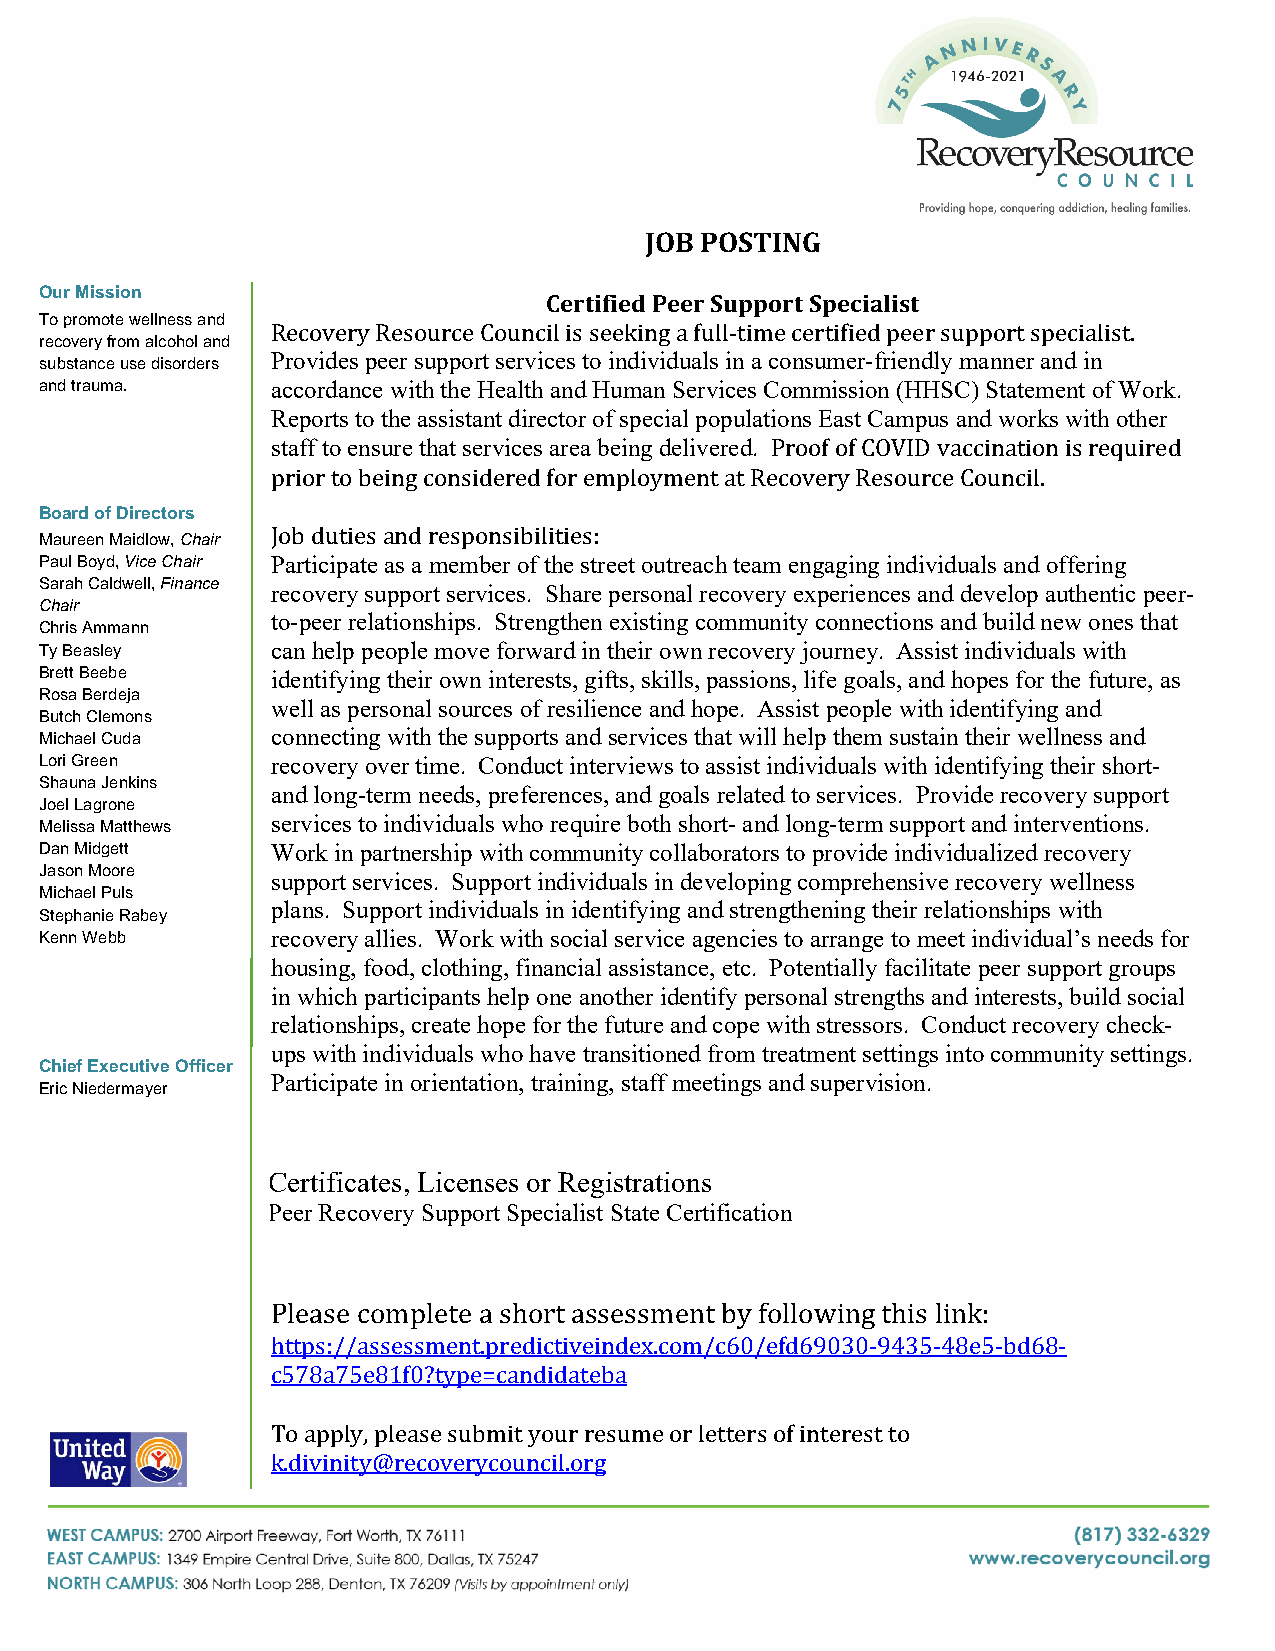
JOB POSTING
 Our Mission
 Certified Peer Support Specialist
 To promote wellness and
 Recovery Resource Council is seeking a full-time certified peer support specialist.
 recovery from alcohol and
 substance use disorders Provides peer support services to individuals in a consumer-friendly manner and in
 and trauma.    accordance with the Health and Human Services Commission (HHSC) Statement of Work.
 Reports to the assistant director of special populations East Campus and works with other
 staff to ensure that services area being delivered. Proof of COVID vaccination is required
 prior to being considered for employment at Recovery Resource Council.
 Board of Directors
 Job duties and responsibilities:
 Maureen Maidlow, Chair
 Paul Boyd, Vice Chair Participate as a member of the street outreach team engaging individuals and offering
 Sarah Caldwell, Finance recovery support services. Share personal recovery experiences and develop authentic peer-
 Chair
 to-peer relationships. Strengthen existing community connections and build new ones that
 Chris Ammann
 Ty Beasley     can help people move forward in their own recovery journey. Assist individuals with
 Brett Beebe    identifying their own interests, gifts, skills, passions, life goals, and hopes for the future, as
 Rosa Berdeja
 well as personal sources of resilience and hope. Assist people with identifying and
 Butch Clemons
 Michael Cuda   connecting with the supports and services that will help them sustain their wellness and
 Lori Green     recovery over time. Conduct interviews to assist individuals with identifying their short-
 Shauna Jenkins
 and long-term needs, preferences, and goals related to services. Provide recovery support
 Joel Lagrone
 services to individuals who require both short- and long-term support and interventions.
 Melissa Matthews
 Dan Midgett    Work in partnership with community collaborators to provide individualized recovery
 Jason Moore
 support services. Support individuals in developing comprehensive recovery wellness
 Michael Puls
 plans. Support individuals in identifying and strengthening their relationships with
 Stephanie Rabey
 Kenn Webb      recovery allies. Work with social service agencies to arrange to meet individual’s needs for
 housing, food, clothing, financial assistance, etc. Potentially facilitate peer support groups
 in which participants help one another identify personal strengths and interests, build social
 relationships, create hope for the future and cope with stressors. Conduct recovery check-
 ups with individuals who have transitioned from treatment settings into community settings.
 Chief Executive Officer
 Participate in orientation, training, staff meetings and supervision.
 Eric Niedermayer
 Certificates, Licenses or Registrations
 Peer Recovery Support Specialist State Certification
 Please complete a short assessment by following this link:
 https://assessment.predictiveindex.com/c60/efd69030-9435-48e5-bd68-
 c578a75e81f0?type=candidateba
 To apply, please submit your resume or letters of interest to
 k.divinity@recoverycouncil.org